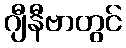
ဂျီနီဗာတွင်